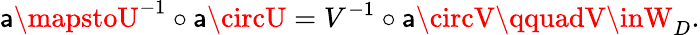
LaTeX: \mathsf{a}\mapstoU^{-1}\circ\mathsf{a}\circU=V^{-1}\circ\mathsf{a}\circV\qquadV\inW_{D}.